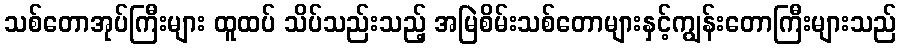
သစ်တောအုပ်ကြီးများ ထူထပ် သိပ်သည်းသည့် အမြဲစိမ်းသစ်တောများနှင့်ကျွန်းတောကြီးများသည်